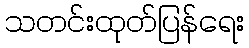
သတင်းထုတ်ပြန်ရေး